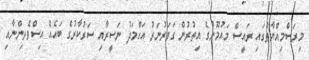
މިރަސްމިއްޔާތުގައި ރައީސް މައުމޫނުގެ އިތުރުން ގަވަރުނަރު އަހްމަދު ނަސީރާއި ސަރުކާރުގެ ބައެއް އިސްވެރިންނާއި